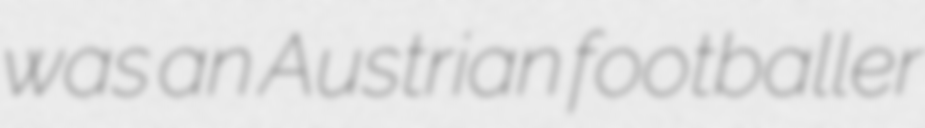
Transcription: was an Austrian footballer